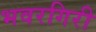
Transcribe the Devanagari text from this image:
भवरगिरी